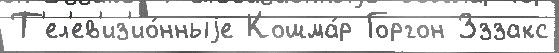
Т'ел'ев'из'ио́нныjе Кошма́р Горгон Зззакс